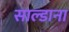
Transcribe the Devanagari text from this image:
साल्डाना